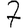
Digit: 7